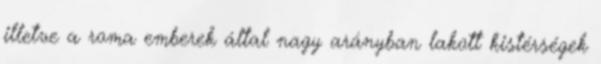
illetve a roma emberek által nagy arányban lakott kistérségek